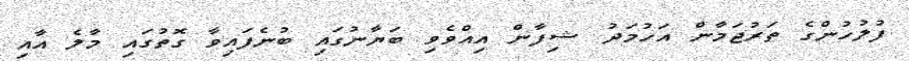
ފުލުހުންގެ ތަރުޖަމާން އަހުމަދު ޝިފާން އިއްވެވި ބަޔާނުގައި ބުނެފައިވާ ގޮތުގައި މާލެ އާއި